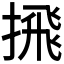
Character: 𪮕